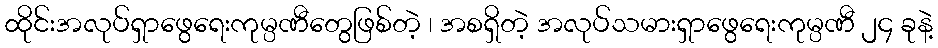
ထိုင်းအလုပ်ရှာဖွေရေးကုမ္ပဏီတွေဖြစ်တဲ့ ၊ အစရှိတဲ့ အလုပ်သမားရှာဖွေရေးကုမ္ပဏီ ၂၄ ခုနဲ့